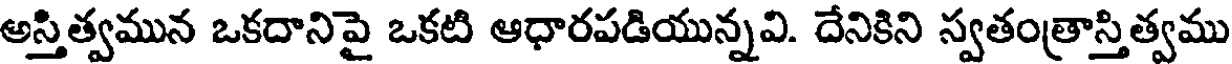
అస్తిత్వమున ఒకదానిపై ఒకటి ఆధారపడియున్నవి. దేనికిని స్వతంత్రాస్తిత్వము